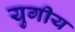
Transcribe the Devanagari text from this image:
युगीय